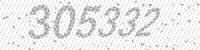
Solution: 305332